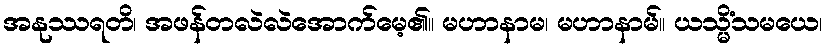
အနုဿရတိ၊ အဖန်တလဲလဲအောက်မေ့၏။ မဟာနာမ၊ မဟာနာမ်။ ယသ္မိံသမယေ၊